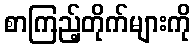
စာကြည့်တိုက်များကို